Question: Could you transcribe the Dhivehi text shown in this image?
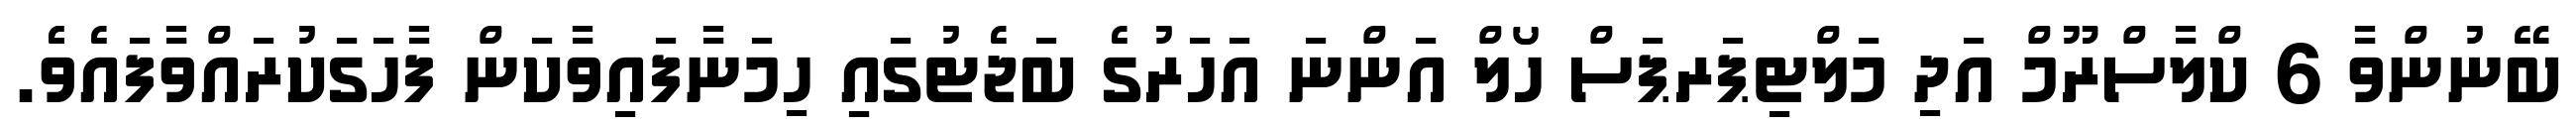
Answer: ބޭނުންވާ 6 ކްލާސްރޫމް އަދި މަލްޓިޕަރޕަސް ހޯލް އަންނަ އަހަރުގެ ބަޖެޓުގައި ހިމަނާފައިވާކަން ފާހަގަކުރައްވާފައެވެެ.